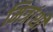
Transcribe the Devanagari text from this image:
मित्रांशी